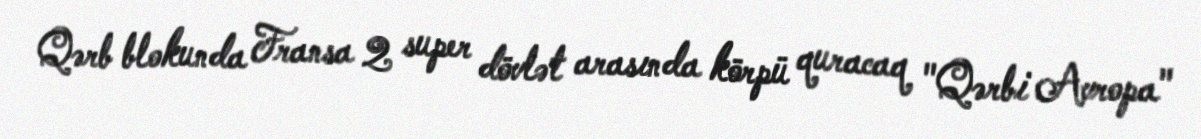
Qərb blokunda Fransa 2 super dövlət arasında körpü quracaq "Qərbi Avropa"